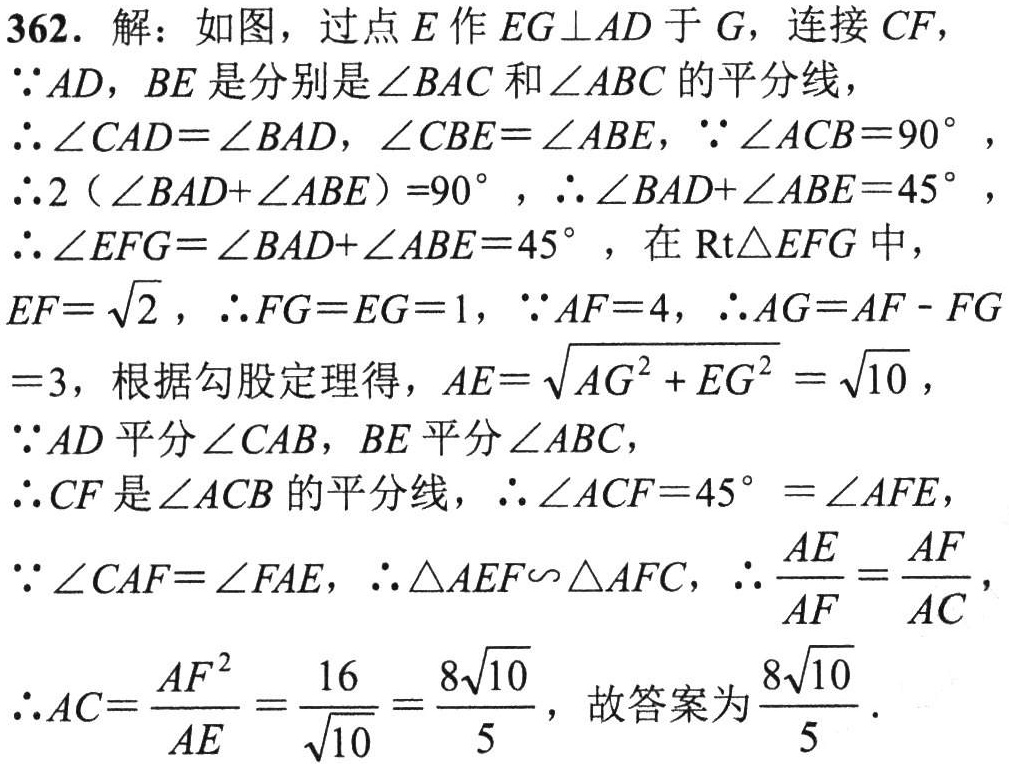
362. 解：如图，过点\(E\)作\(EG\perp AD\)于\(G\)，连接\(CF\)，

\(\because AD, BE\)是分别是\(\angle BAC\)和\(\angle ABC\)的平分线，

\(\therefore \angle CAD = \angle BAD, \angle CBE = \angle ABE\)，\(\because \angle ACB = 90^{\circ}\)，

\(\therefore 2(\angle BAD+\angle ABE)=90^{\circ}\)，\(\therefore \angle BAD+\angle ABE = 45^{\circ}\)，

\(\therefore \angle EFG=\angle BAD+\angle ABE = 45^{\circ}\)，在\(\text{Rt}\triangle EFG\)中，

\(EF = \sqrt{2}\)，\(\therefore FG = EG = 1\)，\(\because AF = 4\)，\(\therefore AG=AF - FG=3\)，

根据勾股定理得，\(AE=\sqrt{AG^{2}+EG^{2}}=\sqrt{10}\)，

\(\because AD\)平分\(\angle CAB\)，\(BE\)平分\(\angle ABC\)，

\(\therefore CF\)是\(\angle ACB\)的平分线，\(\therefore \angle ACF = 45^{\circ}=\angle AFE\)，

\(\because \angle CAF=\angle FAE\)，\(\therefore \triangle AEF\sim\triangle AFC\)，\(\therefore \frac{AE}{AF}=\frac{AF}{AC}\)，

\(\therefore AC=\frac{AF^{2}}{AE}=\frac{16}{\sqrt{10}}=\frac{8\sqrt{10}}{5}\)，故答案为\(\frac{8\sqrt{10}}{5}\)。